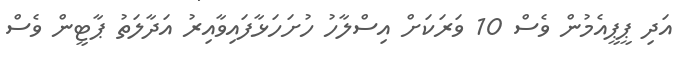
އަދި ޕީޕީއެމުން ވެސް 10 ވަރަކަށް އިސްލާހު ހުށަހަޅާފައިވާއިރު އަދާލަތު ޕާޓީން ވެސް